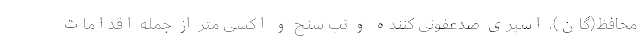
محافظ(گان)، اسپری ضدعفونی کننده و تب سنج و اکسی متر از جمله اقدامات